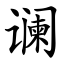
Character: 谰